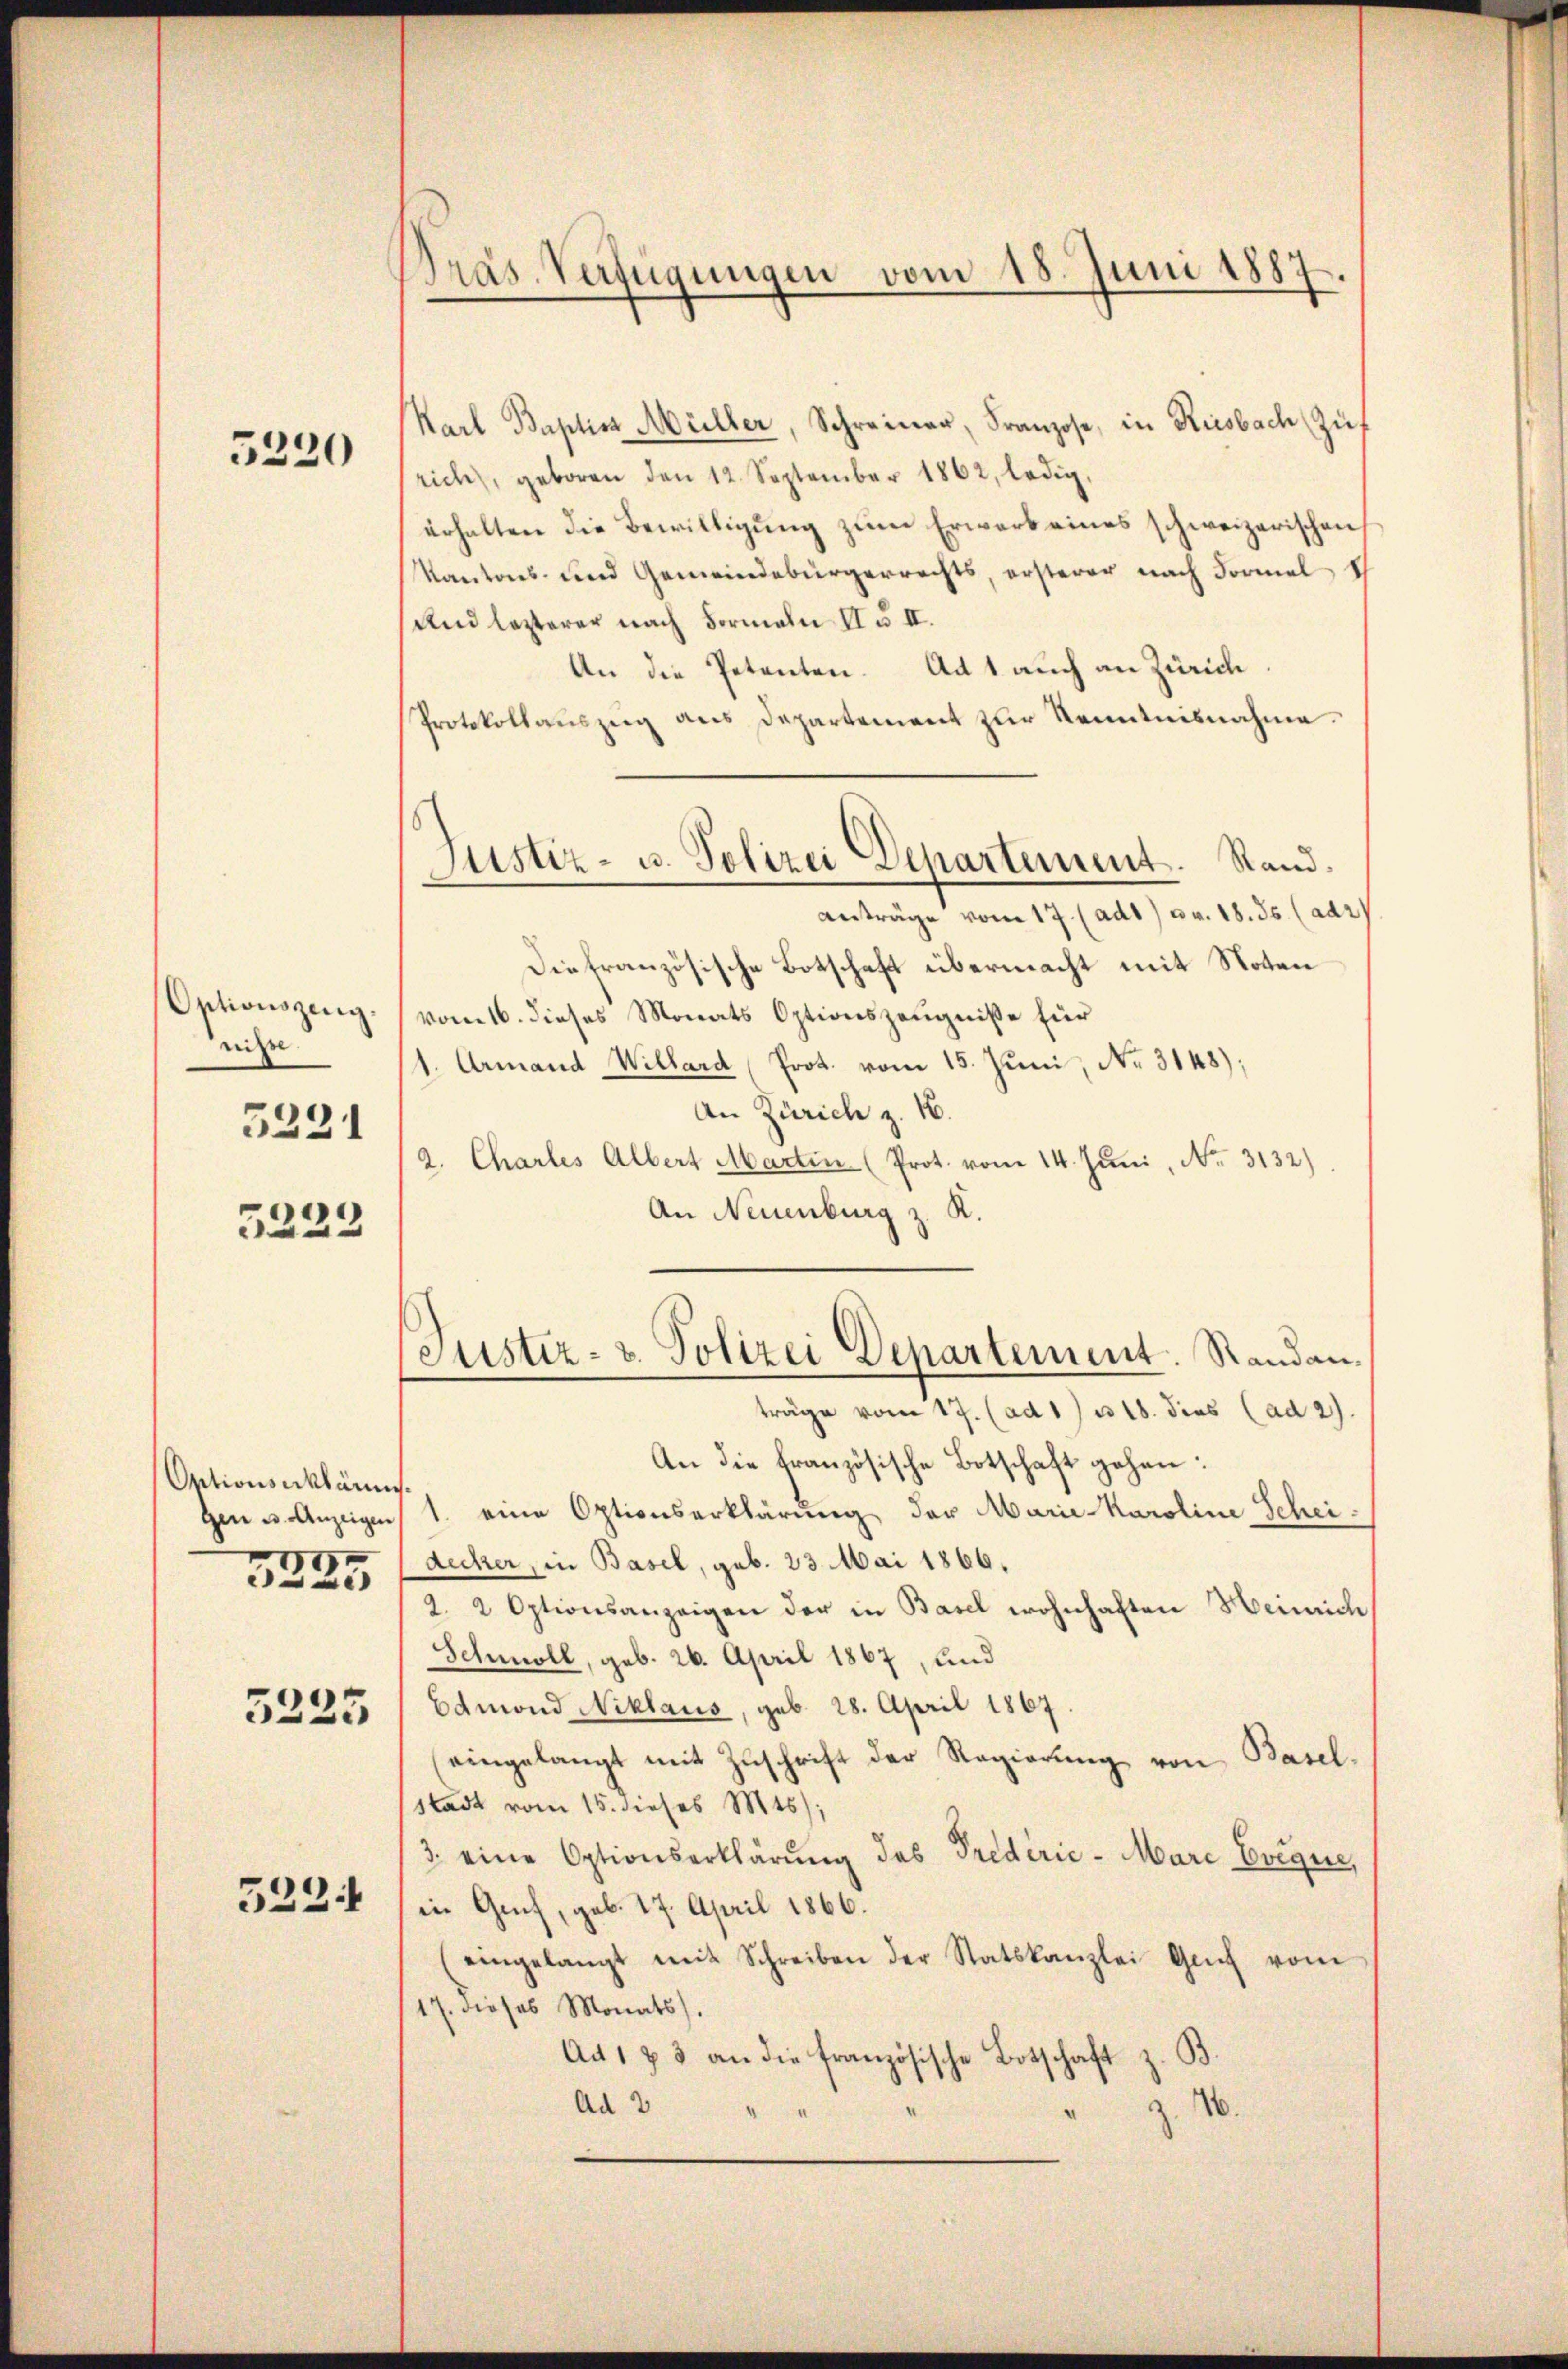
5220

Optionszeug.
nisse
5291

5223

Ontionserklärens.
gen u. Anzeigen
5225

5225

5224

Präs. Verfügungen vom 18. Juni 1887.

Karl Baptis Müller, Schreiner, Franzose, in Riesbach (Zif
rich, geboren den 12. September 1862, ledig,
erhalten die Bewilligung zum Erwarb eines schweizerischen
Kantons- und Gemeindebürgerrechts, ersterer nach Formal ih
Und lezterer nach Formeln II u. II.
An die Petenten. Ad 1 auch an Zürich
Protokollaŭszŭg ans Departement zŭr Kenntnisnahme.
anträge vom 17. (ad1) u. v. 18. 35. (adz
Die Französische Botschaft übermacht mit Noten
vom 16. dieses Monats Optionszeugnisse für
1. Armand Willard Prot. vom 15. Juni, No. 3148);
An Zürich z. 16.
2. Chartes Albert Martin (Prot. vom 14. Juni, No. 3132),
An Neuenburg z. R.
Justiz- u. Polizei Departement. Randanträge vom 17. (ad 1) u. 18. dies (ad 2.
An die französische Botschaft gehen:
1. eine Optionserklärung der Marie-Karoline Scheidecker, in Basel, geb. 23. Mai 1866.
Optionsanzeigen der in Basel wohnhaften Heinrich
Schmoll, geb. 26. April 1867, und
Edmond Niklaus, geb. 28. April 1867.
eingelangt mit Zŭschrift der Regierung von Basel-
(Stadt vom 15. dieses Mt);
3. eine Optionserklärung des Predérić - Marc Evégue,
in Genf, geb. 27. April 1866.
eingelangt mit Schreiben der Statskanzlei Gŭch vom
17. dieses Monats).
Ad 1 & 3 an die französische Botschaft z. B.
Ad 2
40.

Justiz- u. Polizei Departement. Stand.